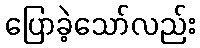
ပြောခဲ့သော်လည်း